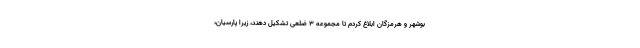
بوشهر و هرمزگان ابلاغ کردم تا مجموعه ۳ ضلعی تشکیل دهند، زیرا پارسیان،